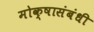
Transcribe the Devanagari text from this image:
मोक्षासंबंधी